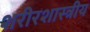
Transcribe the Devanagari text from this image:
शरीरशास्त्रीय